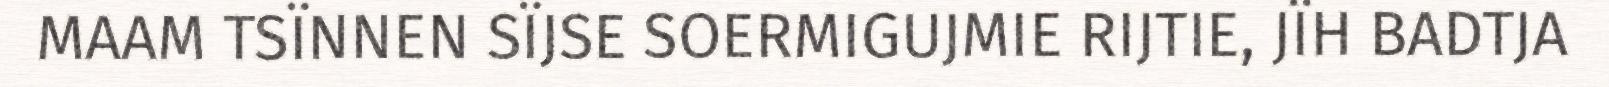
MAAM TSÏNNEN SÏJSE SOERMIGUJMIE RIJTIE, JÏH BADTJA